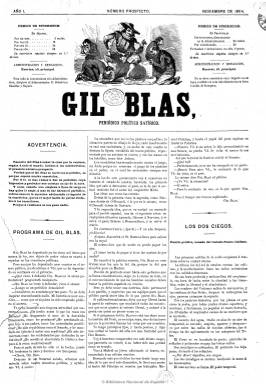
Título: Gil Blas (Madrid. 1864)
Colección: Revistas satíricas y humorísticas || Periódicos
Ámbito geográfico: Madrid
Lugar de publicación: Madrid
Fechas: 26/11/1864-29/09/1872

Fundado por Luis Rivera, inaugura la prensa de humor gráfica, en la que la ilustración no se subordina al texto sino que adquiere su propio papel. En esta revista, de formato tabloide, colaboraron famosos caricaturistas como Ortego, los hermanos Perea y Pellicer, entre otros, cuyas ilustraciones ocupaban una o dos páginas. De carácter satírico, antimonárquico y anticlerical, sus ataques se dirigieron contra Narváez y O’Donnell, y eran obra de escritores demócratas y republicanos como Federico Balart o Eusebio Blasco.